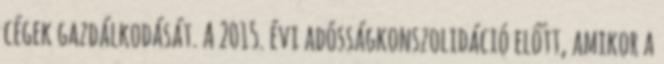
cégek gazdálkodását. A 2015. évi adósságkonszolidáció előtt, amikor a